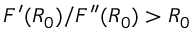
F ^ { \prime } ( R _ { 0 } ) / F ^ { \prime \prime } ( R _ { 0 } ) > R _ { 0 }